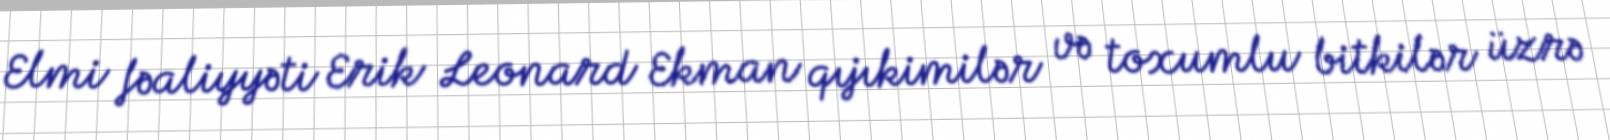
Elmi fəaliyyəti Erik Leonard Ekman qıjıkimilər və toxumlu bitkilər üzrə